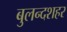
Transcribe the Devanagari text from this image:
बुलन्‍दशहर